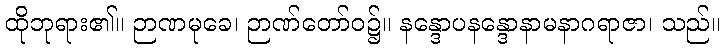
ထိုဘုရား၏။ ဉာဏမုခေ၊ ဉာဏ်တော်ဝ၌။ နန္ဒောပနန္ဒောနာမနာဂရာဇာ၊ သည်။